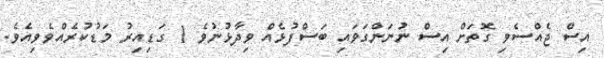
އިސް ޖެއްސެވި ގޮތަށް އިސް ނުނަންގަވައި ބަސްފުޅެއް ވިދާޅުނުވެ 1 ގަޑިއިރު މަޑުކުރެއްވެވިއެވެ.